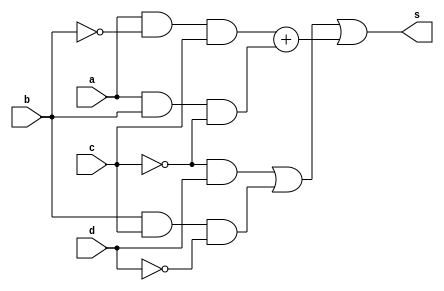
module f ( output s , input c, input d, input b, input a);
assign s = (!c&d) | (b&c&!d) | (a&!b&c) + (a&b&!c);
endmodule //f
module test_f;
reg c;
reg d;
reg b;
reg a;
wire wire_a;
f module_test (wire_a, c, d, b, a);
initial
begin : main
$display("test module");
$display("    c    d    b    a =    wire_a ");
$monitor(" %4b %4b %4b %4b = %4b" , c, d, b, a, wire_a);
#1 c=1'b0; d=1'b0; b=1'b0; a=1'b0; 
#1 c=1'b0; d=1'b0; b=1'b0; a=1'b1; 
#1 c=1'b0; d=1'b0; b=1'b1; a=1'b1; 
#1 c=1'b0; d=1'b0; b=1'b1; a=1'b0; 
#1 c=1'b0; d=1'b1; b=1'b1; a=1'b0; 
#1 c=1'b0; d=1'b1; b=1'b1; a=1'b1; 
#1 c=1'b0; d=1'b1; b=1'b0; a=1'b1; 
#1 c=1'b0; d=1'b1; b=1'b0; a=1'b0; 
#1 c=1'b1; d=1'b1; b=1'b0; a=1'b0; 
#1 c=1'b1; d=1'b1; b=1'b0; a=1'b1; 
#1 c=1'b1; d=1'b1; b=1'b1; a=1'b1; 
#1 c=1'b1; d=1'b1; b=1'b1; a=1'b0; 
#1 c=1'b1; d=1'b0; b=1'b1; a=1'b0; 
#1 c=1'b1; d=1'b0; b=1'b1; a=1'b1; 
#1 c=1'b1; d=1'b0; b=1'b0; a=1'b1; 
#1 c=1'b1; d=1'b0; b=1'b0; a=1'b0; 
end
endmodule //test